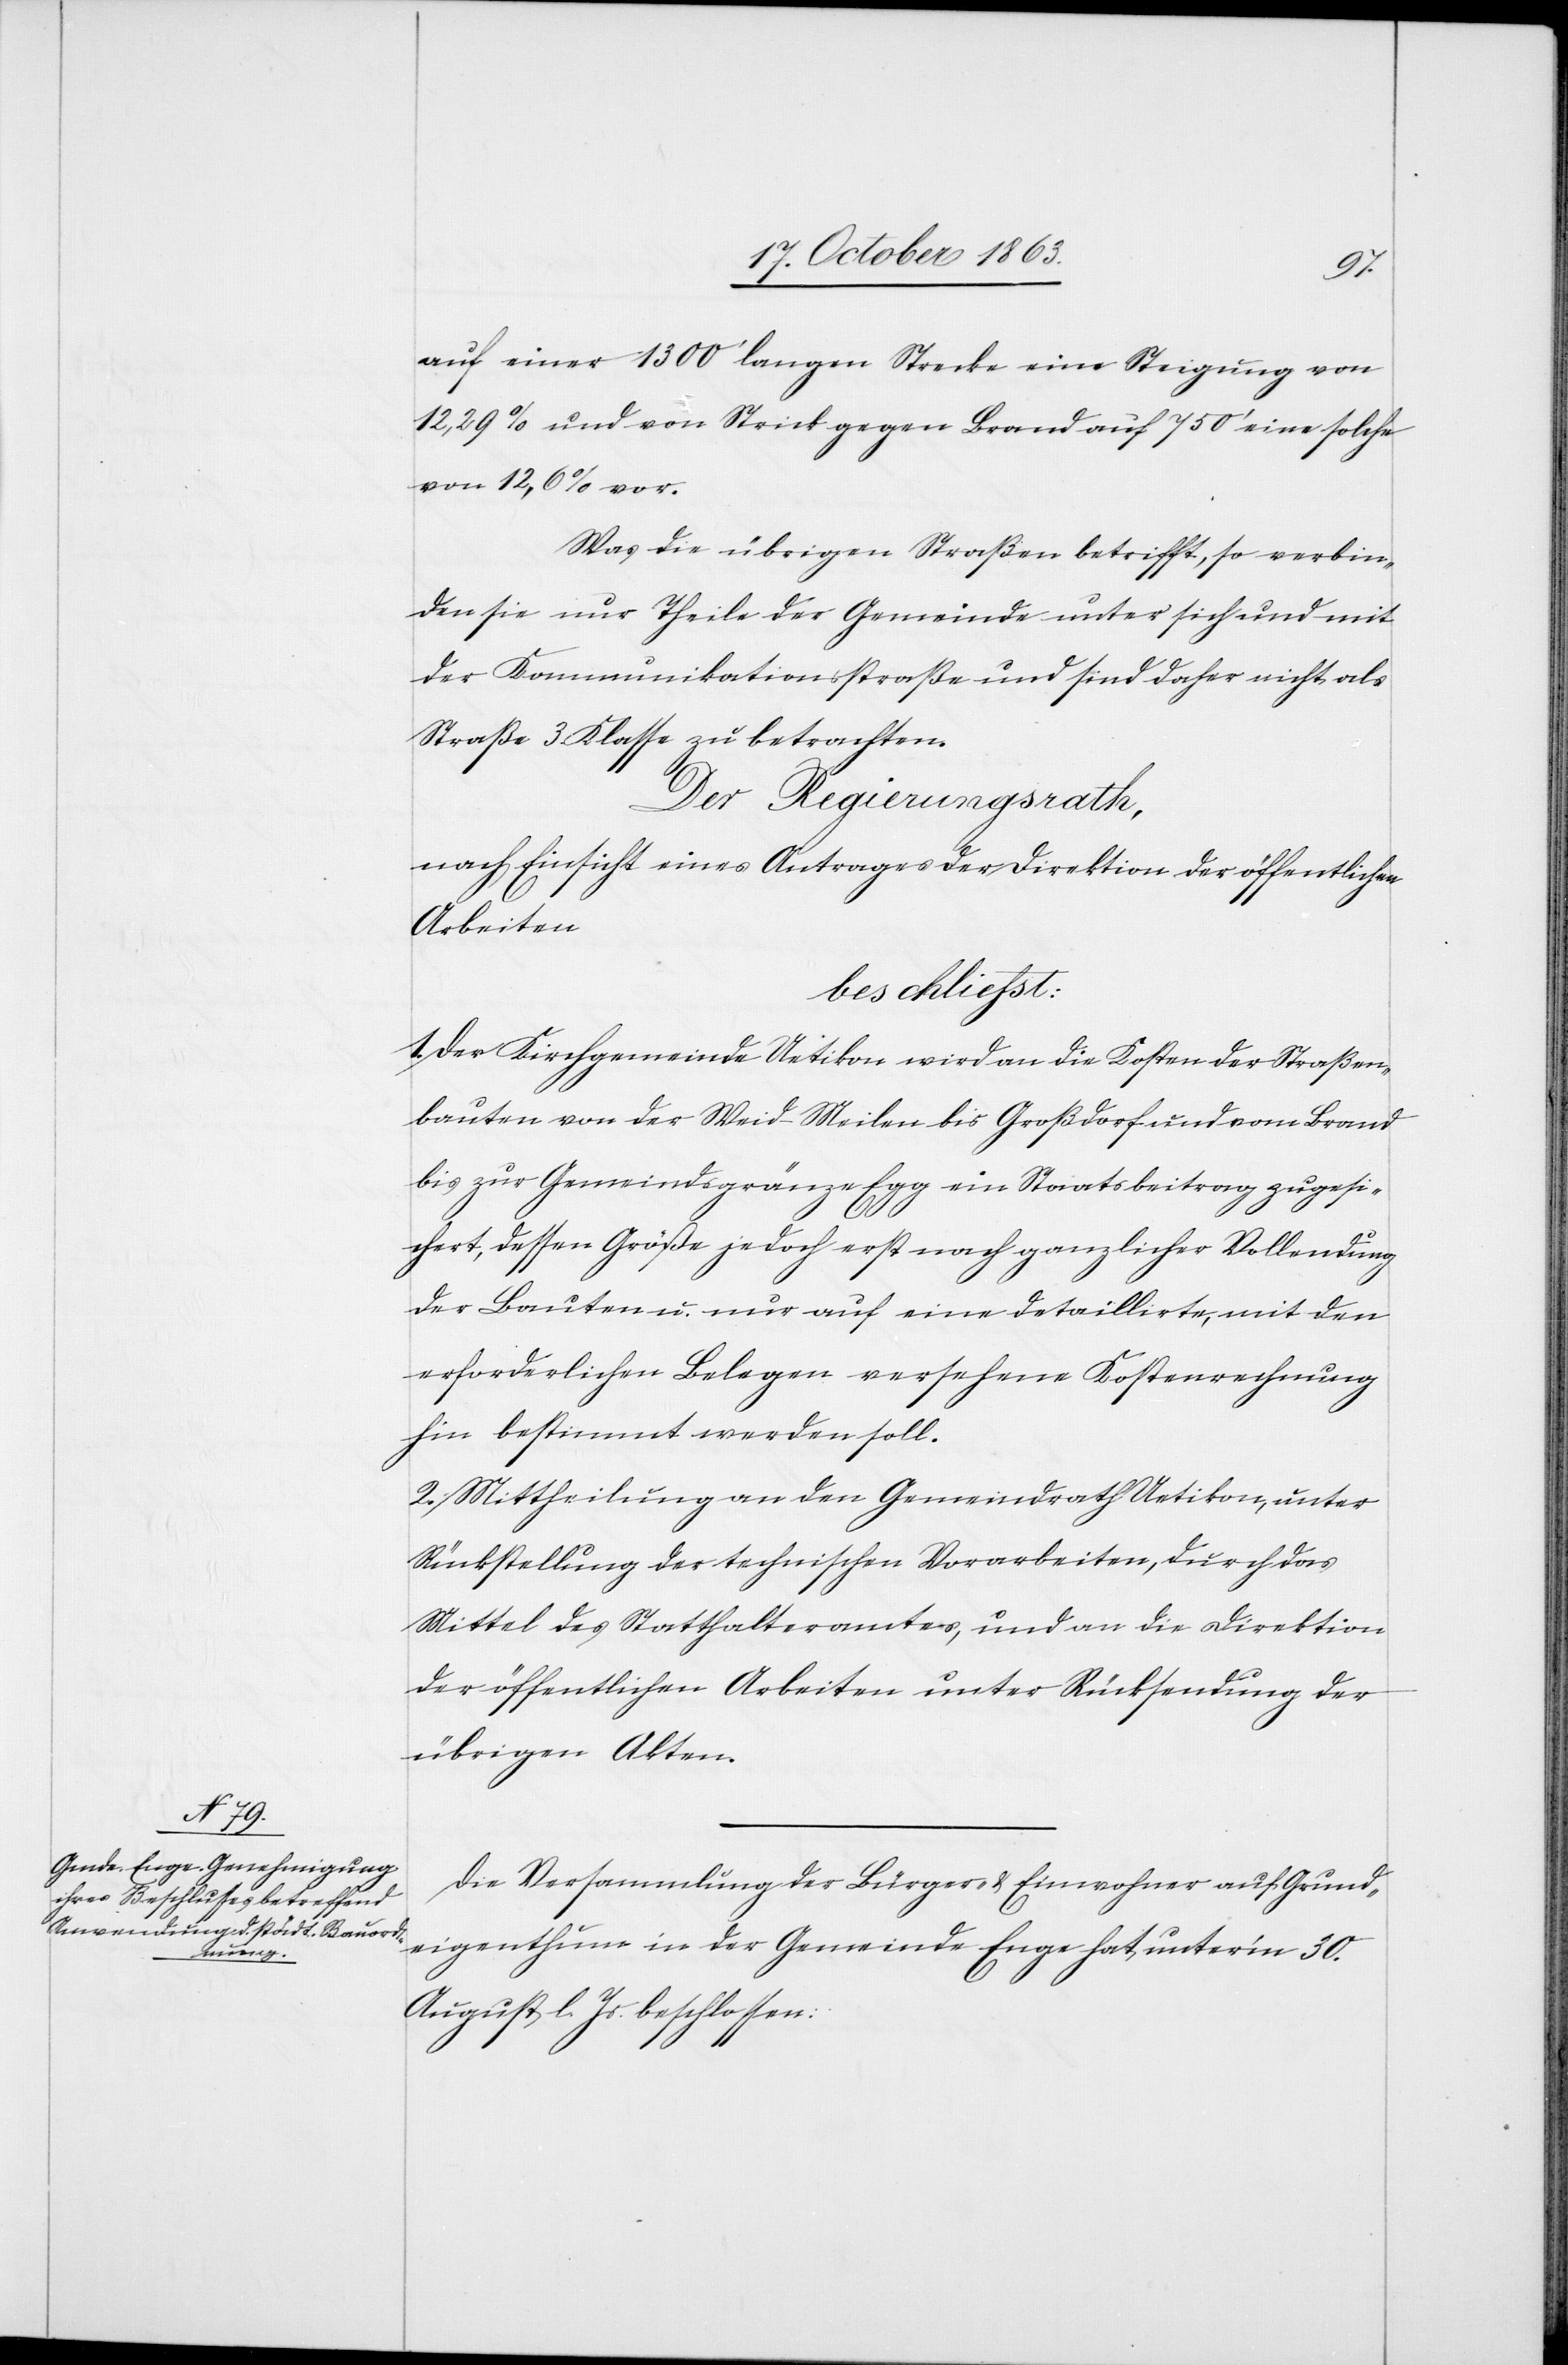
auf einer 1300' langen Strecke eine Steigung von
12,29% und von Strick gegen Brand auf 750' eine solche
von 12,6% vor.
Was die übrigen Straßen betrifft, so verbin¬
den sie nur Theile der Gemeinde unter sich und mit
der Kommunikationsstraße und sind daher nicht als
Straße 3. Klasse zu betrachten.
Der Regierungsrath,
nach Einsicht eines Antrages der Direktion der öffentlichen
Arbeiten
beschließt:
1. Der Kirchgemeinde Uetikon wird an die Kosten der Straßen¬
bauten von der Weid-Meilen bis Großdorf und vom Brand
bis zur Gemeindsgränze Egg ein Staatsbeitrag zugesi¬
chert, dessen Größe jedoch erst nach ganzlicher [sic!]
der Bauten u. nur auf eine detaillirte, mit den
erforderlichen Belegen versehene Kostenrechnung
hin bestimmt werden soll.
2. Mittheilung an den Gemeindrath Uetikon, unter
Rückstellung der technischen Vorarbeiten, durch das
Mittel des Statthalteramtes, und an die Direktion
der öffentlichen Arbeiten unter Rücksendung der
übrigen Akten.
Die Versammlung der Bürger- & Einwohner auf Grund¬
eigenthum in der Gemeinde Enge hat unter'm 30.
August l. Js. beschlossen: